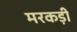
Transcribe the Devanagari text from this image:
मरकड़ी